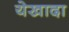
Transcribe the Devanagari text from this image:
येखादा